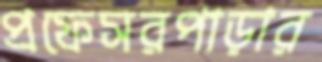
প্রফেসরপাড়ার